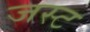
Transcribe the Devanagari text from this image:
जस्‍ट